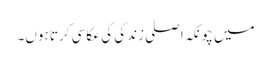
میں چونکہ اصلی زندگی کی عکاسی کرتا ہوں۔